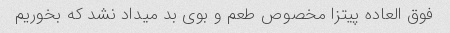
فوق العاده پیتزا مخصوص طعم و بوی بد میداد نشد که بخوریم